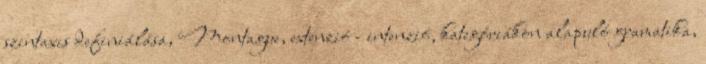
szintaxis definiálása, Montague, extenzió - intenzió, kategóriákon alapuló gramatika,